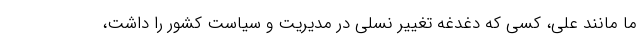
ما مانند علی، کسی که دغدغه تغییر نسلی در مدیریت و سیاست کشور را داشت،